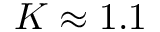
K \approx 1 . 1